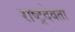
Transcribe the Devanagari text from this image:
राष्ट्रदेवता